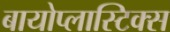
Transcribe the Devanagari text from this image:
बायोप्लास्टिक्स